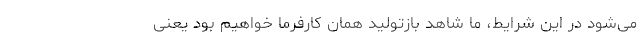
می‌شود در این شرایط، ما شاهد بازتولید همان کارفرما خواهیم بود یعنی